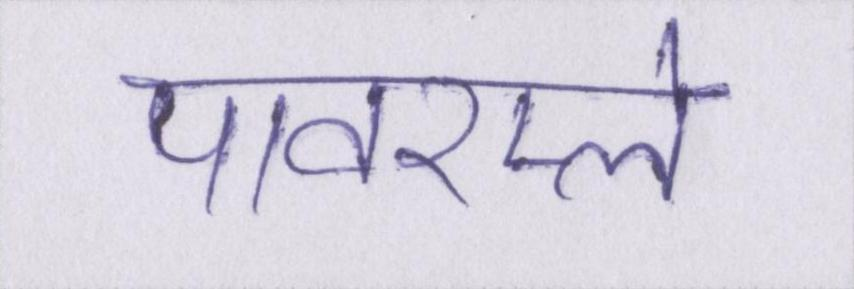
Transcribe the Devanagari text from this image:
पावरप्ले